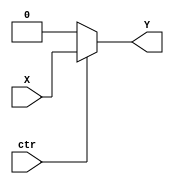
module control(ctr,X,Y);
input ctr,X;
output Y;

assign Y = ctr ? X : 0;
endmodule